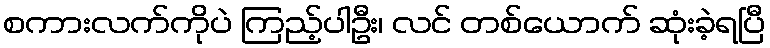
စကားလက်ကိုပဲ ကြည့်ပါဦး၊ လင် တစ်ယောက် ဆုံးခဲ့ရပြီ